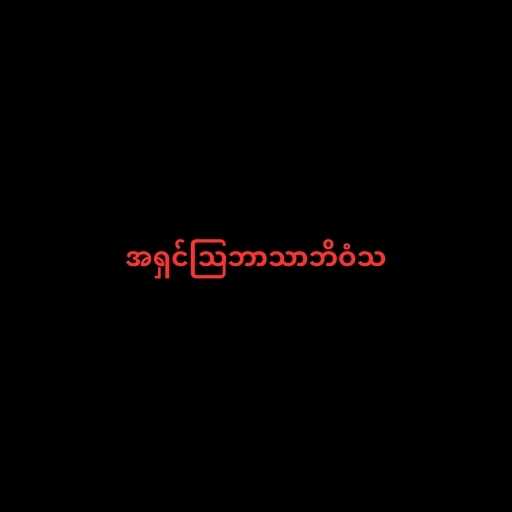
အရှင်သြဘာသာဘိဝံသ